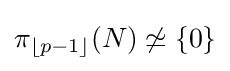
\pi _{\lfloor p-1\rfloor }(N)\not \simeq \{0\}